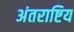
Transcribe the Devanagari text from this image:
अंतराष्टिय